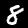
Label: 8